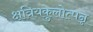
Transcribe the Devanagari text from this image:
क्षत्रियकुलोत्पन्न